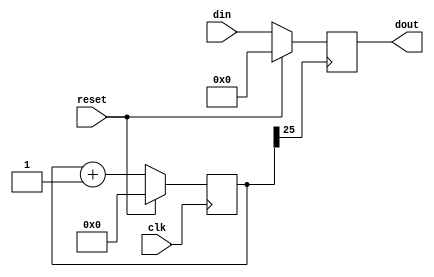
`timescale 1ns / 1ps
//////////////////////////////////////////////////////////////////////////////////
// Company: 
// Engineer: 
// 
// Design Name: 
// Module Name: pipo
// Project Name: 
// Target Devices: 
// Tool Versions: 
// Description: 
// 
// Dependencies: 
// 
// Revision:
// Revision 0.01 - File Created
// Additional Comments:
// 
//////////////////////////////////////////////////////////////////////////////////


module pipo(din,clk,reset,dout);
    output [3:0] dout;
    reg [3:0] dout;
    input [3:0] din;
    input clk,reset;
    reg[27:0] clkdiv;
    always@(posedge clk) 
    begin
        if(reset) clkdiv<=0;
    else
        clkdiv<=clkdiv+1;
    end
    always@(posedge clkdiv[25])
        begin if(reset)
            dout<=0;
        else
            dout<=din;
        end
endmodule